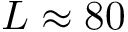
L \approx 8 0